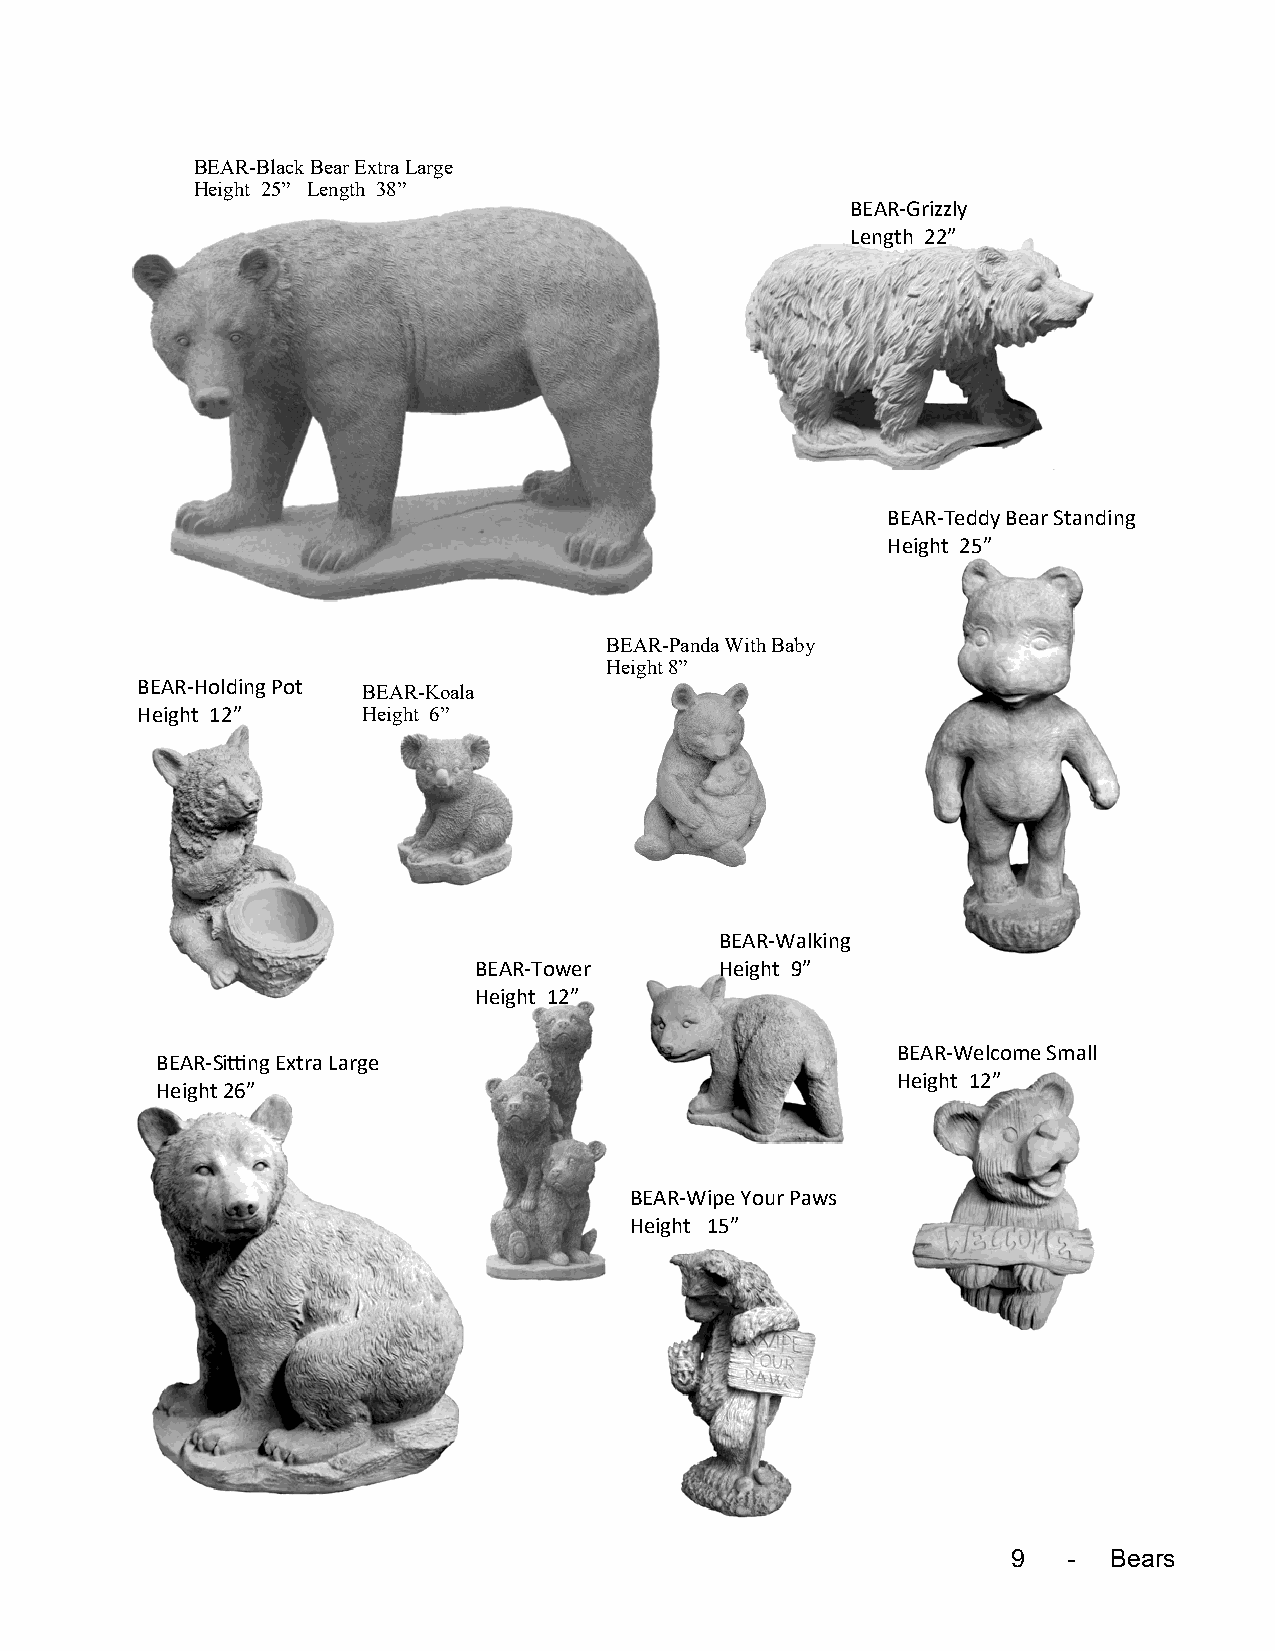
BEAR-Black Bear Extra Large
 Height 25” Length 38”
 BEAR-Grizzly
 Length 22”
 BEAR-Teddy Bear Standing
 Height 25”
 BEAR-Panda With Baby
 Height 8”
 BEAR-Holding Pot BEAR-Koala
 Height 12”     Height 6”
 BEAR-Walking
 BEAR-Tower       Height 9”
 Height 12”
 BEAR-Welcome Small
 BEAR-Sitting Extra Large
 Height 12”
 Height 26”
 BEAR-Wipe Your Paws
 Height 15”
 9   - Bears